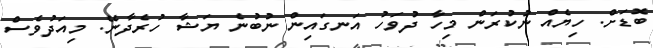
ބޮޑަށް. ހިޔެއް ނުކުރަން މިހާ ދުވަހު އަނގައިން ނުބުނެ ޔަޝާ ހުރެދާނޭ. މިއަދުވެސް